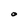
Character: O